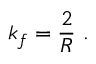
k _ { f } = \frac { 2 } { R } ~ .